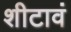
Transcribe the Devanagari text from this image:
शीटावं